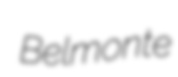
Belmonte